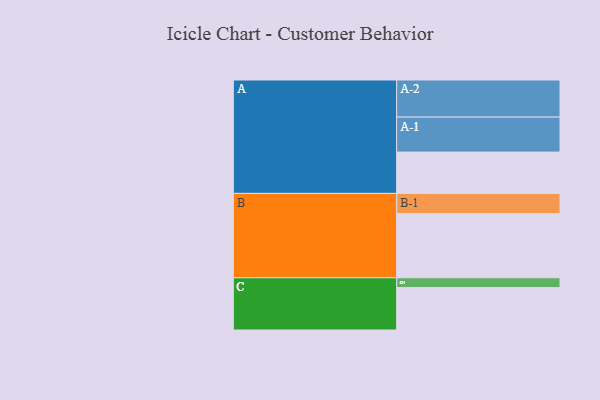
{"axis": {"x": "Segment", "y": "Value"}, "legend": ["", "A", "B", "C"], "data": [{"x": "A", "y": 306, "type": ""}, {"x": "B", "y": 475, "type": ""}, {"x": "C", "y": 314, "type": ""}, {"x": "A-1", "y": 259, "type": "A"}, {"x": "A-2", "y": 275, "type": "A"}, {"x": "B-1", "y": 150, "type": "B"}, {"x": "C-1", "y": 73, "type": "C"}]}